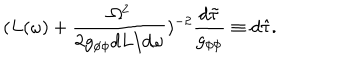
( L ( \omega ) + \frac { \Omega ^ { 2 } } { 2 g _ { \phi \phi } d L / d \omega } ) ^ { - 2 } \frac { d \tilde { \tau } } { g _ { \phi \phi } } \equiv d \hat { \tau } .